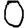
Digit: 0